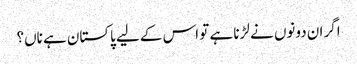
اگر ان دونوں نے لڑنا ہے تو اس کے لیے پاکستان ہے ناں؟